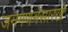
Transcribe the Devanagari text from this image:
जनगणनेसारखे